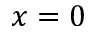
x = 0